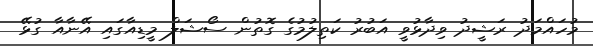
މުހައްމަދު ރަޝީދު ވިދާޅުވީ އަބުރު ކަތިލުމުގެ ގޮތުން ސޯޝަލް މީޑިއާގައި އޭނާއާ ގުޅޭ